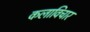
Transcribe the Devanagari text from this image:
कलाविचार